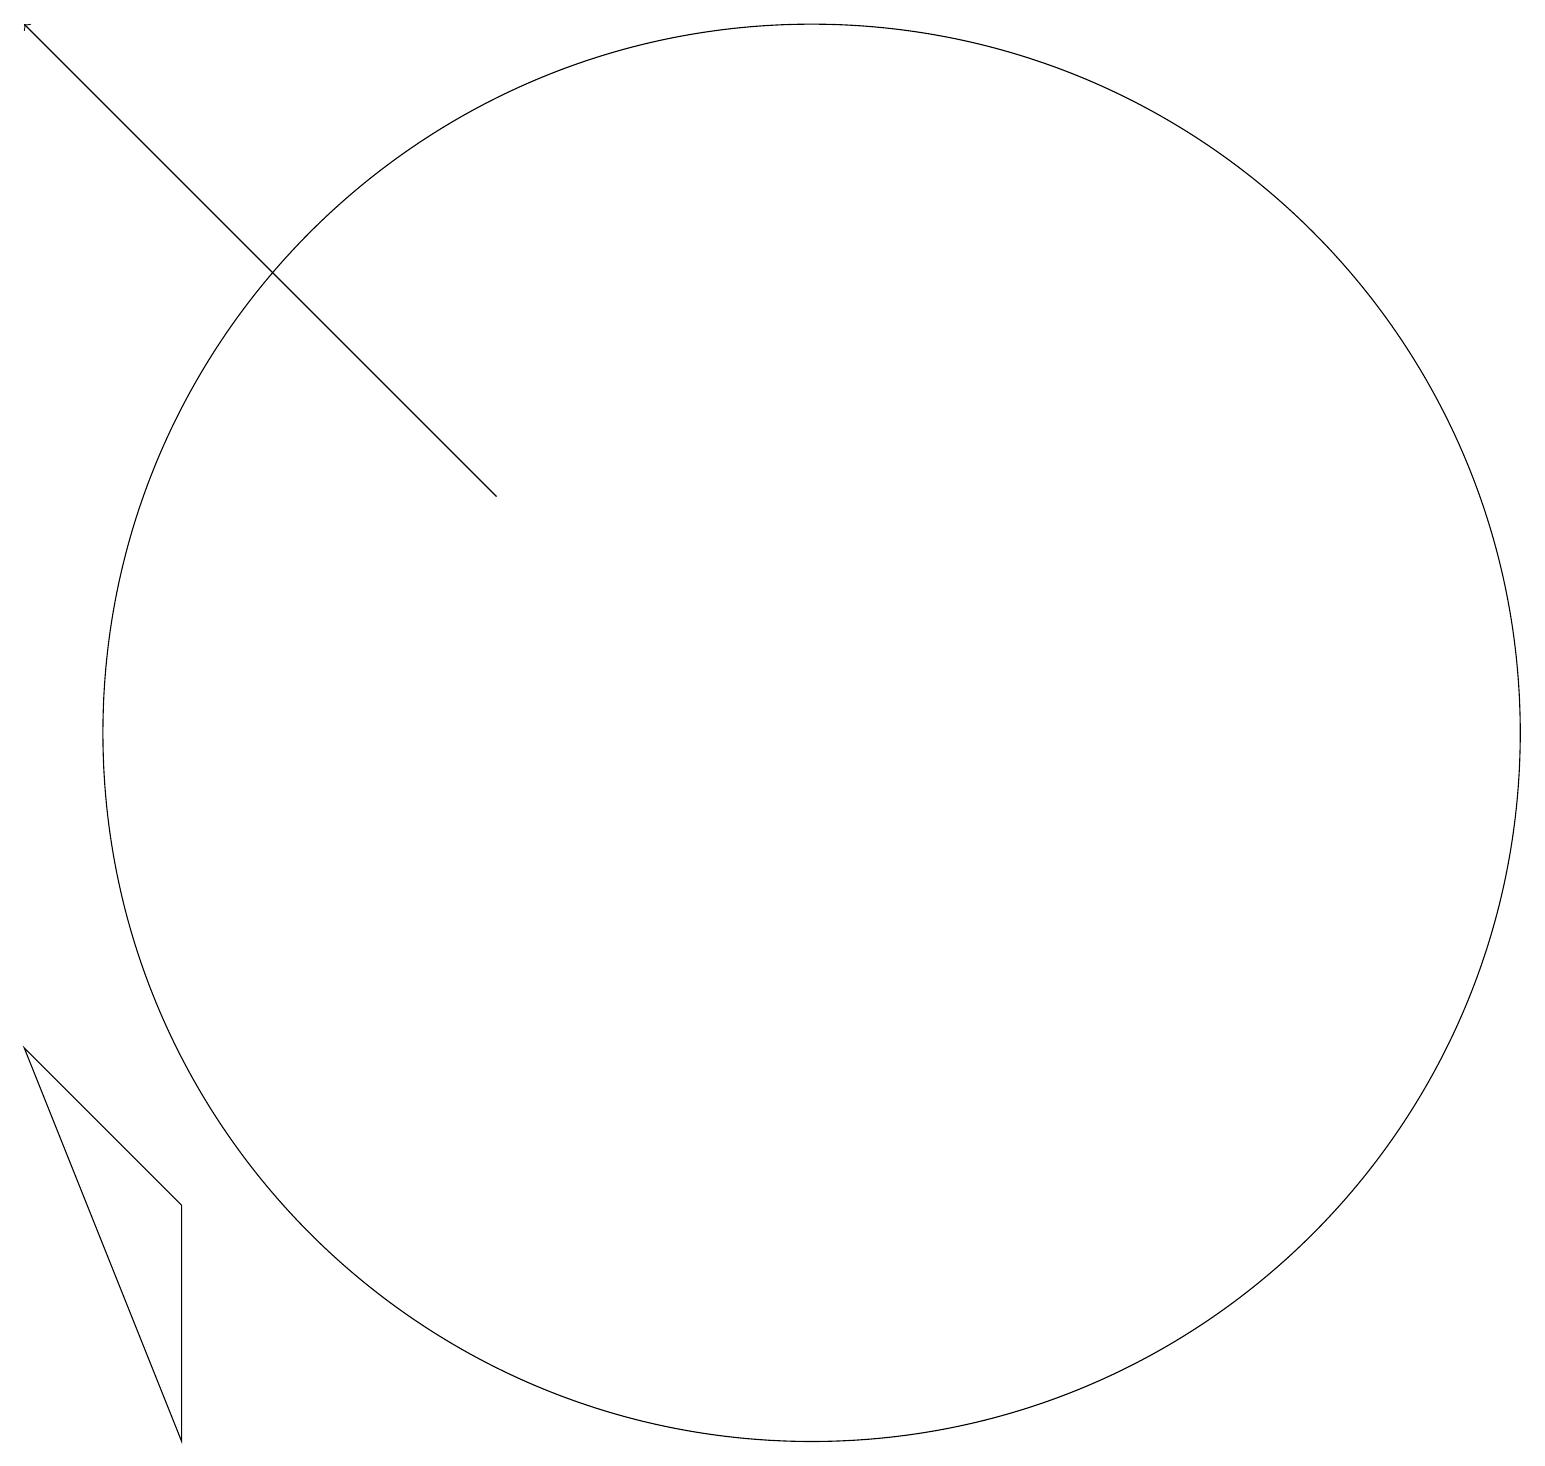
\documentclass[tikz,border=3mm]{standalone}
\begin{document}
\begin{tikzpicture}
\draw[->] (7,13) -- (1,19);
\draw (3,4) -- (1,6) -- (3,1) -- cycle;
\draw (11,10) circle (9);
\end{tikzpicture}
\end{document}